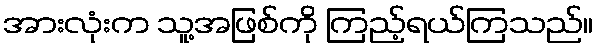
အားလုံးက သူ့အဖြစ်ကို ကြည့်ရယ်ကြသည်။